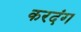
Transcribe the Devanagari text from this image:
करदंग